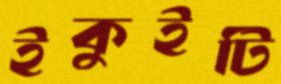
ইকুইটি